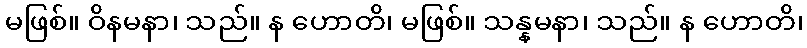
မဖြစ်။ ဝိနမနာ၊ သည်။ န ဟောတိ၊ မဖြစ်။ သန္နမနာ၊ သည်။ န ဟောတိ၊